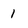
Character: 1